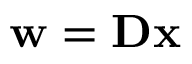
\mathbf { w = D x }